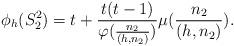
LaTeX: \begin{align*}\phi_h(S_2^2)=t+\frac{t(t-1)}{\varphi(\frac{n_2}{(h,n_2)})}\mu(\frac{n_2}{(h,n_2)}).\end{align*}